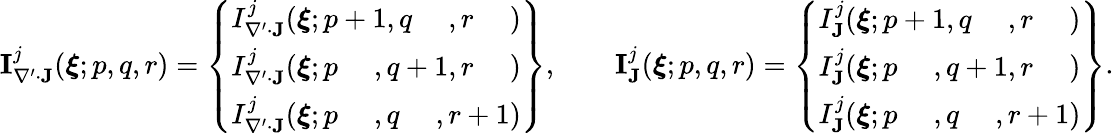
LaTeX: \begin{array}{r}{\mathbf{I}_{\nabla^{\prime}\cdot\mathbf{J}}^{j}(\boldsymbol{\xi};p,q,r)=\left\{ \begin{array}{l}{I_{\nabla^{\prime}\cdot\mathbf{J}}^{j}(\boldsymbol{\xi};p+1,q\phantom{+1},r\phantom{+1})}\\ {I_{\nabla^{\prime}\cdot\mathbf{J}}^{j}(\boldsymbol{\xi};p\phantom{+1},q+1,r\phantom{+1})}\\ {I_{\nabla^{\prime}\cdot\mathbf{J}}^{j}(\boldsymbol{\xi};p\phantom{+1},q\phantom{+1},r+1)}\end{array}\right\} ,\qquad\mathbf{I}_{\mathbf{J}}^{j}(\boldsymbol{\xi};p,q,r)=\left\{ \begin{array}{l}{I_{\mathbf{J}}^{j}(\boldsymbol{\xi};p+1,q\phantom{+1},r\phantom{+1})}\\ {I_{\mathbf{J}}^{j}(\boldsymbol{\xi};p\phantom{+1},q+1,r\phantom{+1})}\\ {I_{\mathbf{J}}^{j}(\boldsymbol{\xi};p\phantom{+1},q\phantom{+1},r+1)}\end{array}\right\} .}\end{array}